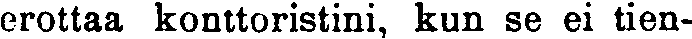
erottaa konttoristini, kun se ei tien-